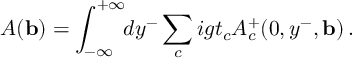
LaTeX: { \cal A } ( { \bf b } ) = \int _ { - \infty } ^ { + \infty } \! \! d y ^ { - } \sum _ { c } i g t _ { c } A _ { c } ^ { + } ( 0 , y ^ { - } , { \bf b } ) \, .